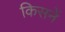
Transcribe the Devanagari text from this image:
किसनें